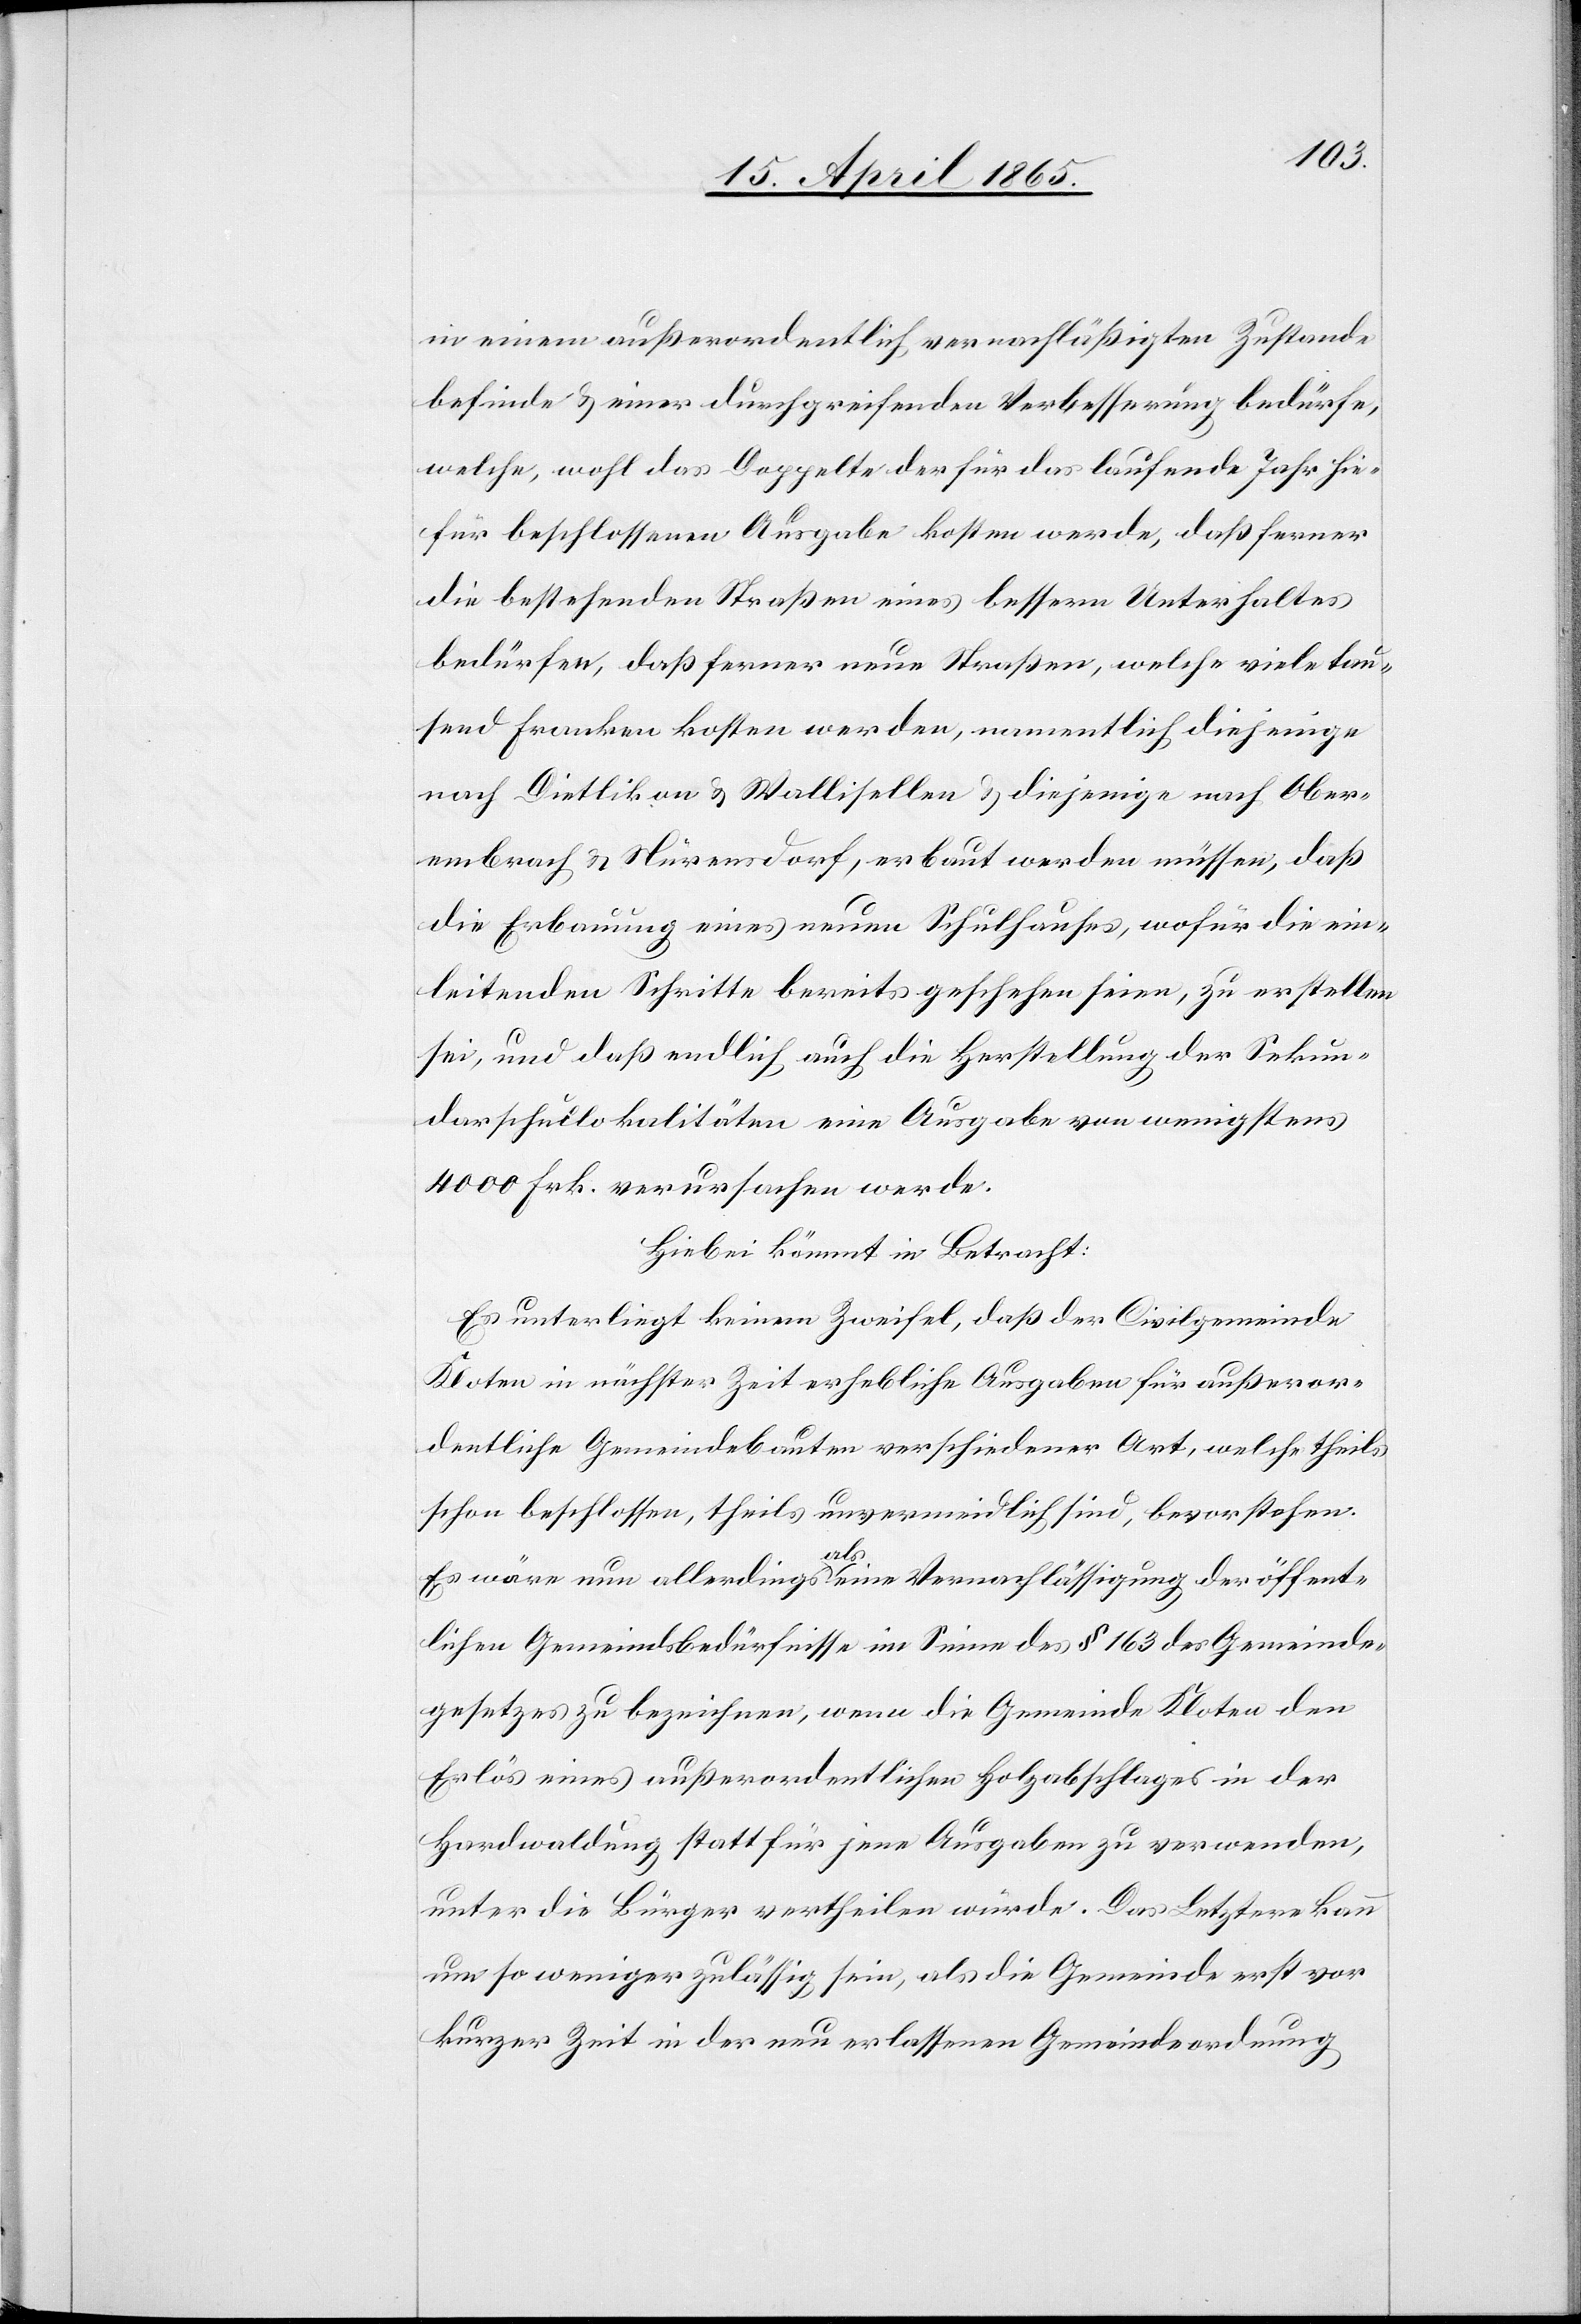
in einem außerordentlich vernachläßigten Zustande
befinde & einer durchgreifenden Verbesserung bedürfe,
welche, wohl das Doppelte der für das laufende Jahr hie¬
für beschlossenen Ausgabe kosten werde, daß ferner
die bestehenden Straßen eines bessern Unterhaltes
bedürfen, daß ferner neue Straßen, welche viele tau¬
send Franken kosten werden, namentlich diejenige
nach Dietlikon & Wallisellen & diejenige nach Ober¬
embrach & Nürensdorf, erbaut werden müssen, daß
die Erbauung eines neuen Schulhauses, wofür die ein¬
leitenden Schritte bereits geschehen seien, zu erstellen
sei, und daß endlich auch die Herstellung der Sekun¬
darschullokalitäten eine Ausgabe von wenigstens
4000 Frk. verursachen werde.
Hiebei kömmt in Betracht:
Es unterliegt keinem Zweifel, daß der Civilgemeinde
Kloten in nächster Zeit erhebliche Ausgaben für außeror¬
dentliche Gemeindebauten verschiedener Art, welche theils
schon beschlossen, theils unvermeidlich sind, bevorstehen.
Es wäre nun allerdings als eine Vernachlässigung der öffent¬
lichen Gemeindsbedürfnisse im Sinne des § 163 des Gemeinde¬
gesetzes zu bezeichnen, wenn die Gemeinde Kloten den
Erlös eines außerordentlichen Holzabschlages in der
Hardwaldung statt für jene Ausgaben zu verwenden,
unter die Bürger vertheilen würde. Das Letztere kann
um so weniger zulässig sein, als die Gemeinde erst vor
kurzer Zeit in der neu erlassenen Gemeindeordnung